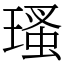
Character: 瑵